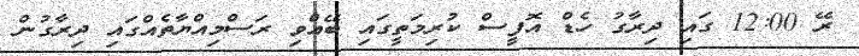
ރޭ 12:00 ގައި ދިރާގު ހެޑް އޮފީސް ކުރިމަތީގައި ބޭއްވި ރަސްމިއްޔާތެއްގައި ދިރާގުން